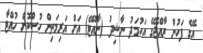
އޭގެ ފަހުން ރާއްޖޭގެ އަހުމަދު ނާޝިދު (ނާއްޓޭ) އަށް އަރިމަތިން ހުސްކޮށް ހުއްޓާ